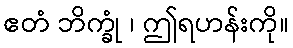
ဧတံ ဘိက္ခုံ ၊ ဤရဟန်းကို။